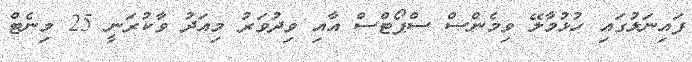
ފައިނަލުގައި ހުޅުމާލޭ ވިމެންސް ސްޕޯޓްސް އާއި ވިދުވަރު މިއަދު ވާކުރަނީ 25 މިނެޓް